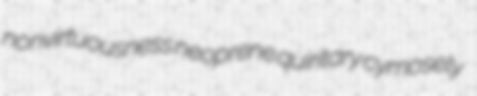
nonvirtuousness neoprene quiritary cymosely